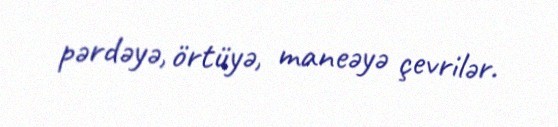
pərdəyə, örtüyə, maneəyə çevrilər.